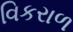
વિકરાળ